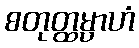
စတုတ္ထမ္ပာဟံ